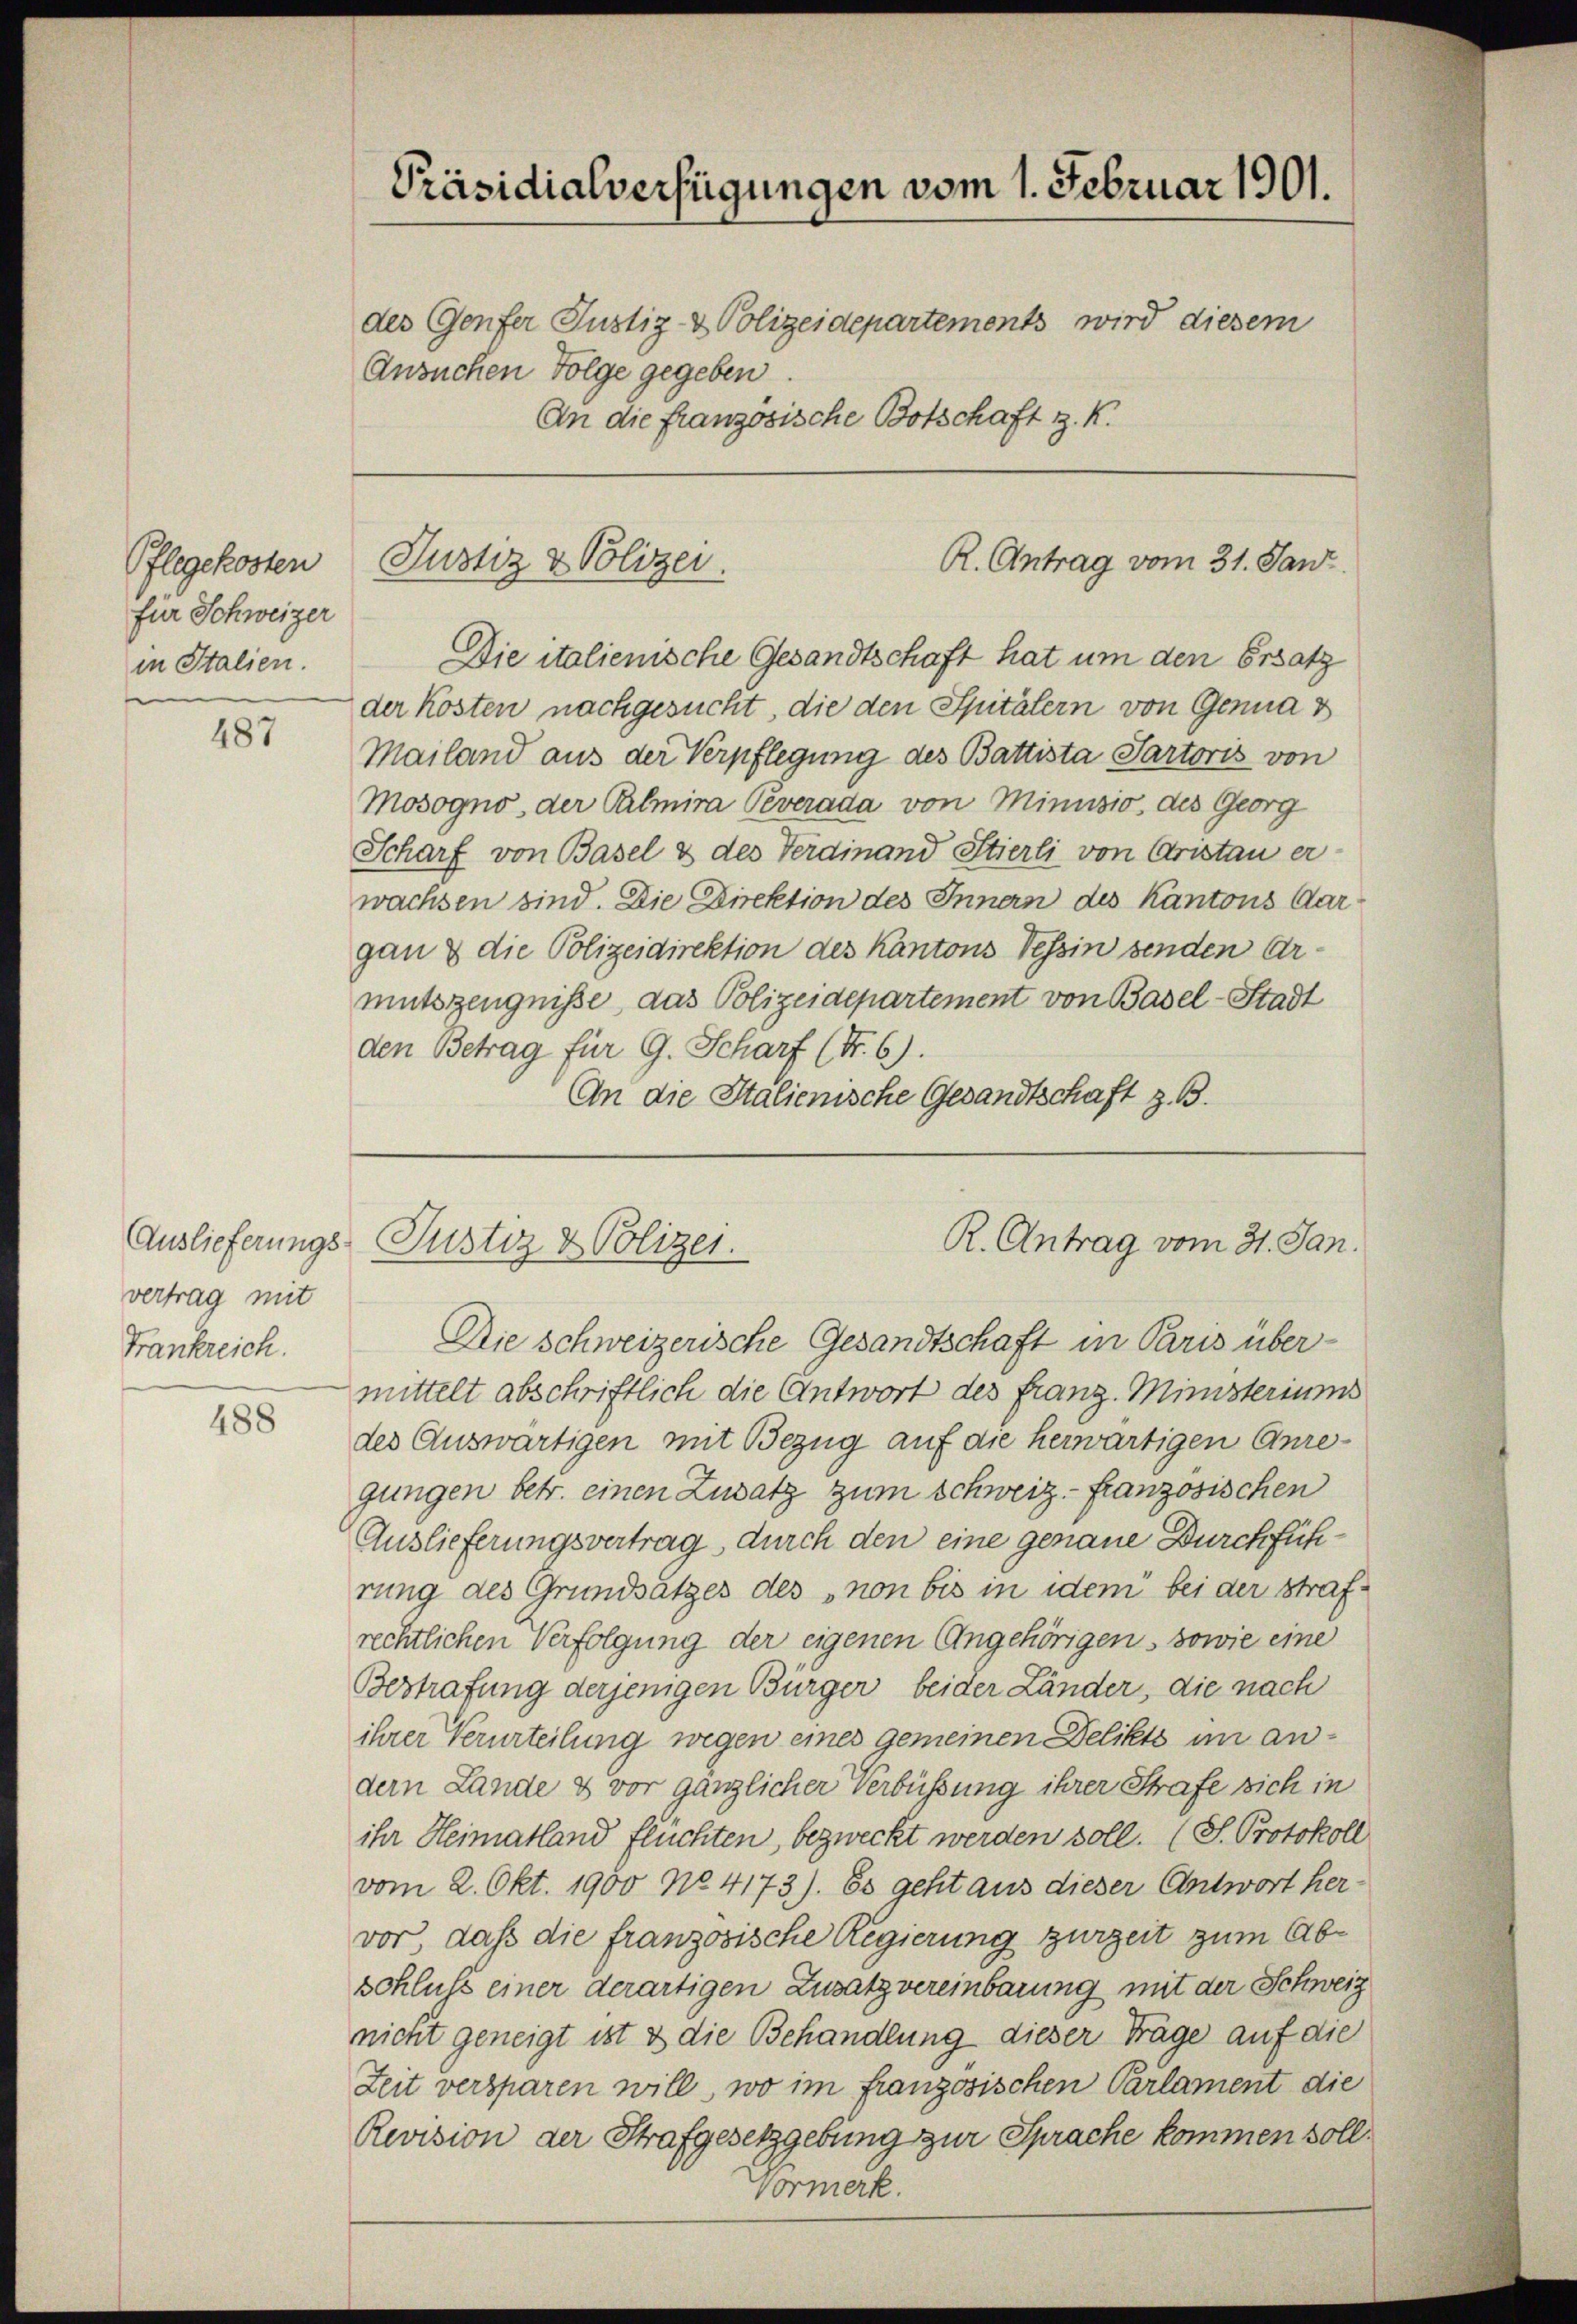
Pflegekosten
für Schweizer
in Italien.

487

Auslieferungs
vertrag mit
Frankreich.

488

Präsidialverfügungen vom 1. Februar 1901.
des Genfer Justiz- & Polizeidepartements wird diesem
Ansuchen Folge gegeben.
An die französische Botschaft z. K.

Justiz & Polizei.

R. Antrag vom 31. Janz.

Die italienische Gesandtschaft hat um den Ersatz
der Kosten nachgesucht, die den Spitälern von Genua v
Mailand aus der Verpflegung des Battista Partoris von
Mosogno, der Palmira Peverada von Minusio des Georg
Scharf von Basel & des Ferdinand Stierli von Cristan er
wachsen sind. Die Direktion des Innern des Kantons Aargan & die Polizeidirektion des Kantons Tessin senden Armutszeugniße, das Polizeidepartement von Basel-Stadt
den Betrag für G. Scharf (I. 6).
An die Italienische Gesandtschaft z. B.

R. Antrag vom 31. Jan.
Justiz & Polizei.

Die Schweizerische Gesandtschaft in Paris übermittelt abschriftlich die Antwort des franz Ministeriums
des Auswärtigen mit Bezug auf die herwärtigen Anregungen betr. einen Zusatz zum Schweiz - französischen
Auslieferungsvertrag, durch den eine genaue Durchführung des Grundsätzes des „non bis in idem bei der Strafrechtlichen Verfolgung der eigenen Angehörigen, sowie eine
Bestrafung derjenigen Bürger beider Länder, die nach
ihrer Verurteilung wegen eines gemeinen Delikts im andern Lande & vor gänzlicher Verbüssung ihrer Strafe sich in
ihr Heimatland flüchten, bezweckt werden soll. (S. Protokoll
vom 2. Okt. 1900 No. 4173). Es geht aus dieser Antwort her-
vor, daß die französische Regierung zurzeit zum Abschluss einer derartigen Zusatz vereinbarung mit der Schweiz
nicht geneigt ist & die Behandlung dieser Träge auf die
Zeit versparen will, wo im französischen Parlament die
Revision der Strafgesetzgebung zur Sprache kommen soll.
Vormerk.